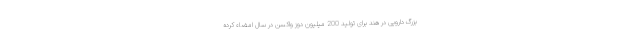
بزرگ دارویی در هند برای تولید 200 میلیون دوز واکسن در سال امضاء کرده